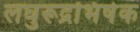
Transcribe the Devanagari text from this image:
लघुरूद्रभिषेक